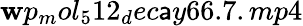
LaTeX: \mathbf{w}p_{m}ol_{5}12_{d}ec\mathsf{a}y66.7.mp4